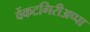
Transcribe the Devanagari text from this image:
वेंकटगिरीअप्पा